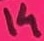
Text: 14